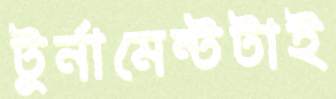
টুর্নামেন্টটাই